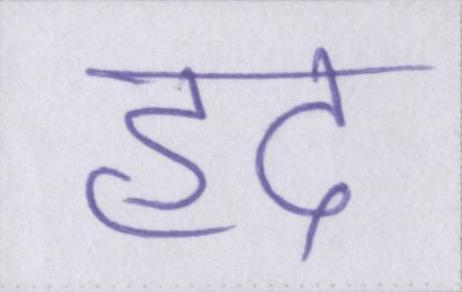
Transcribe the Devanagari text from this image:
हद